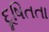
દૂષિતતા